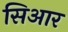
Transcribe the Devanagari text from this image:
सिआर